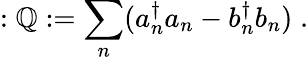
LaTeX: :\mathbb{Q}:=\sum_{n}(a_{n}^{\dagger}a_{n}-b_{n}^{\dagger}b_{n})\; .